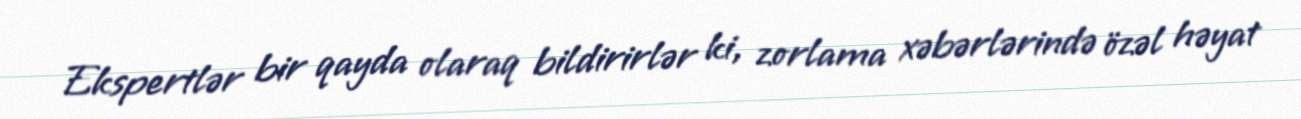
Ekspertlər bir qayda olaraq bildirirlər ki, zorlama xəbərlərində özəl həyat